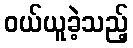
ဝယ်ယူခဲ့သည့်